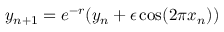
y _ { n + 1 } = e ^ { - r } ( y _ { n } + \epsilon \cos ( 2 \pi x _ { n } ) )